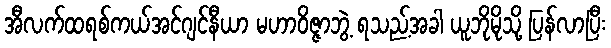
အီလက်ထရစ်ကယ်အင်ဂျင်နီယာ မဟာဝိဇ္ဇာဘွဲ့ ရသည့်အခါ ယူဘိုမိုသို့ ပြန်လာပြီး